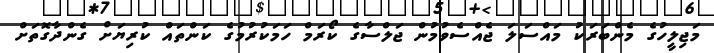
މަޖިލީހުގެ މެންބަރަކު މައްސަލަ ޖެއްސެވުމުން ޖަލްސާގެ ކޯރަމް ހަމަކުރުމުގެ ކަންތައް ކުރިޔަށް ގެންދާގޮތަށް